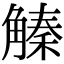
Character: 𧤛